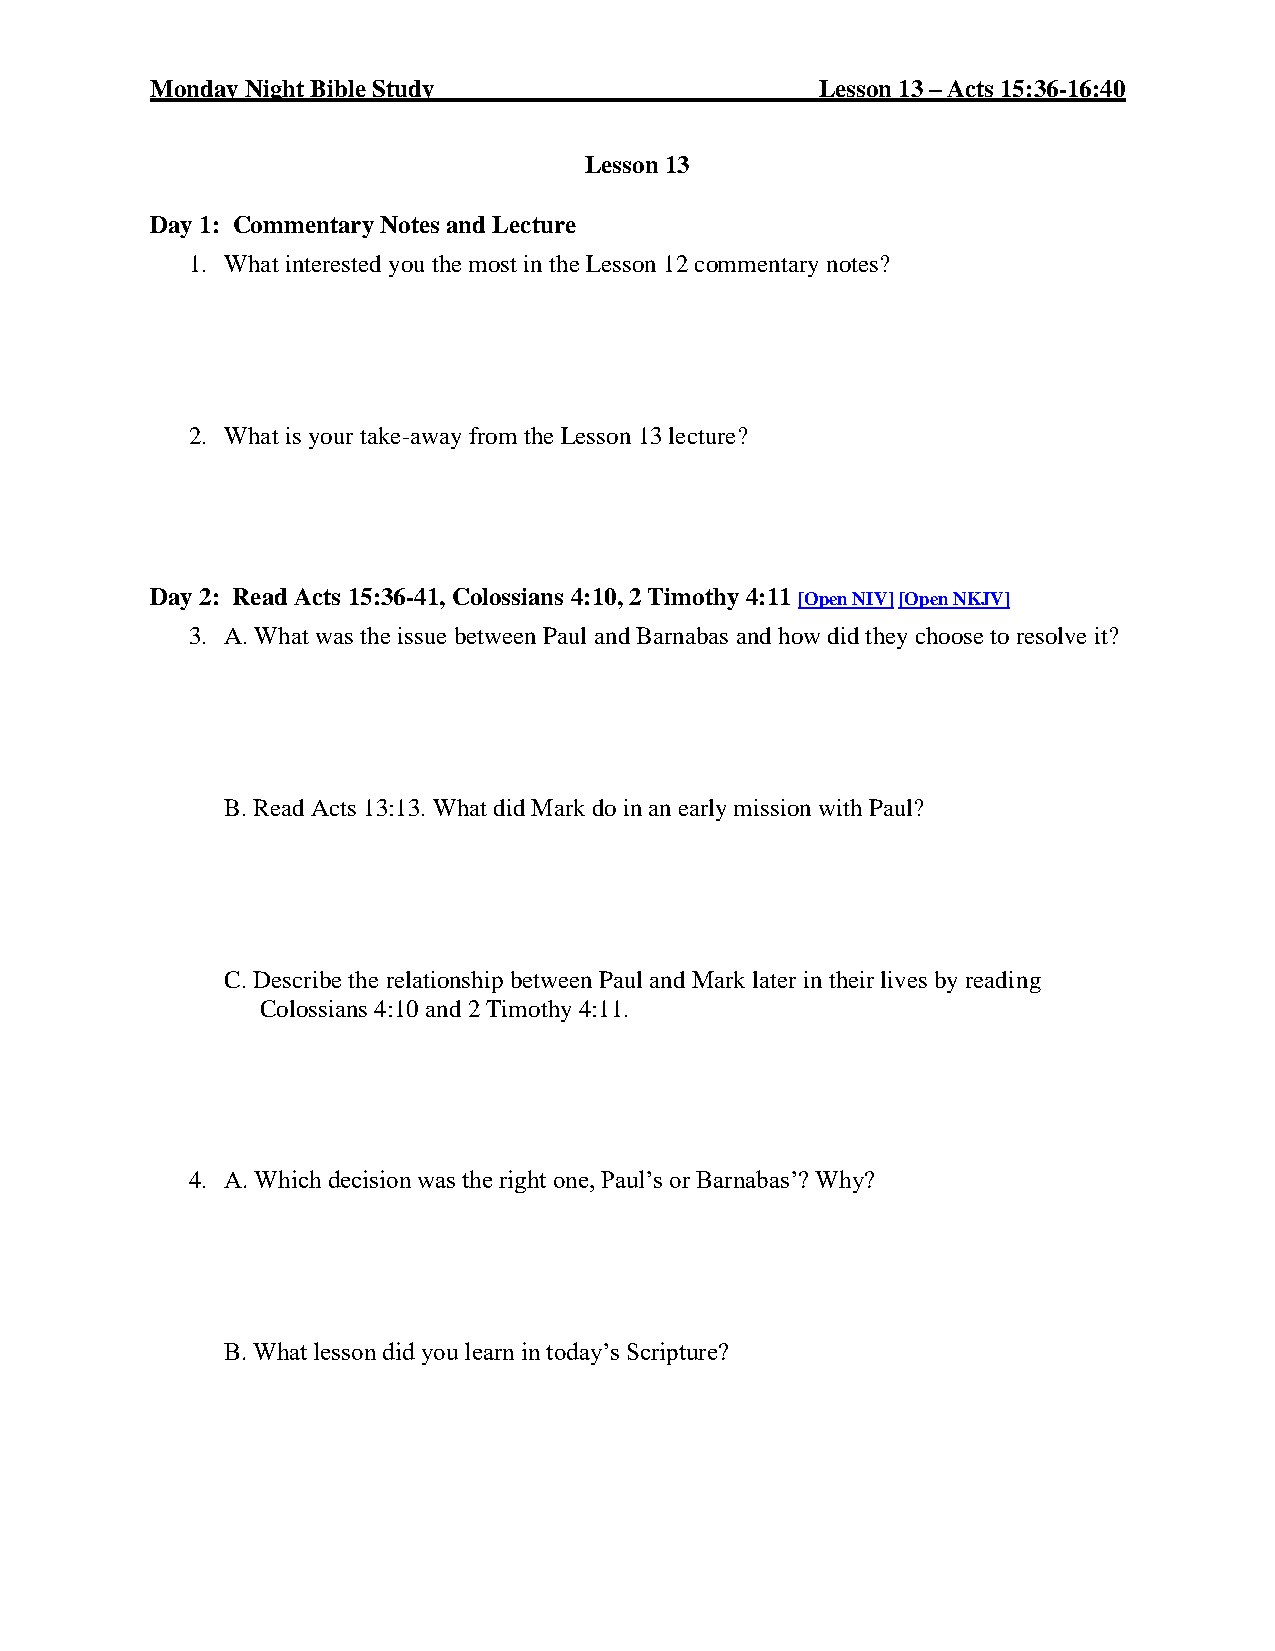
Monday Night Bible Study                    Lesson 13 – Acts 15:36-16:40
 Lesson 13
 Day 1: Commentary Notes and Lecture
 1. What interested you the most in the Lesson 12 commentary notes?
 2. What is your take-away from the Lesson 13 lecture?
 Day 2: Read Acts 15:36-41, Colossians 4:10, 2 Timothy 4:11 [Open NIV] [Open NKJV]
 3. A. What was the issue between Paul and Barnabas and how did they choose to resolve it?
 B. Read Acts 13:13. What did Mark do in an early mission with Paul?
 C. Describe the relationship between Paul and Mark later in their lives by reading
 Colossians 4:10 and 2 Timothy 4:11.
 4. A. Which decision was the right one, Paul’s or Barnabas’? Why?
 B. What lesson did you learn in today’s Scripture?